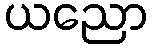
ယညော